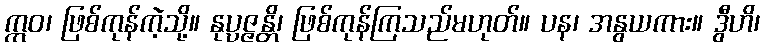
ဣဝ၊ ဖြစ်ကုန်ကဲ့သို့။ နုပ္ပဇ္ဇန္တိ၊ ဖြစ်ကုန်ကြသည်မဟုတ်။ ပန၊ အနွယကား။ ဒွီဟိ၊